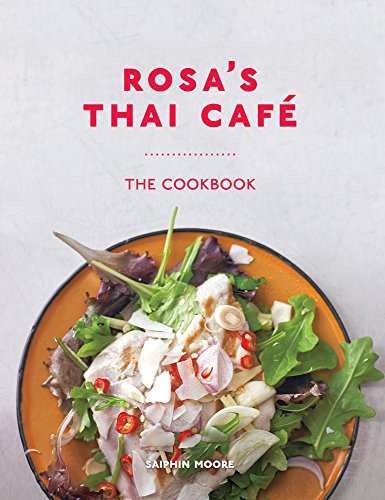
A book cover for Rosa's Thai CafÃ©: The Cookbook; Saiphin Moore; Cookbooks, Food & Wine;